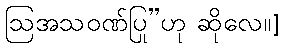
ဩအသဝဏ်ပြု”ဟု ဆိုလေ။]